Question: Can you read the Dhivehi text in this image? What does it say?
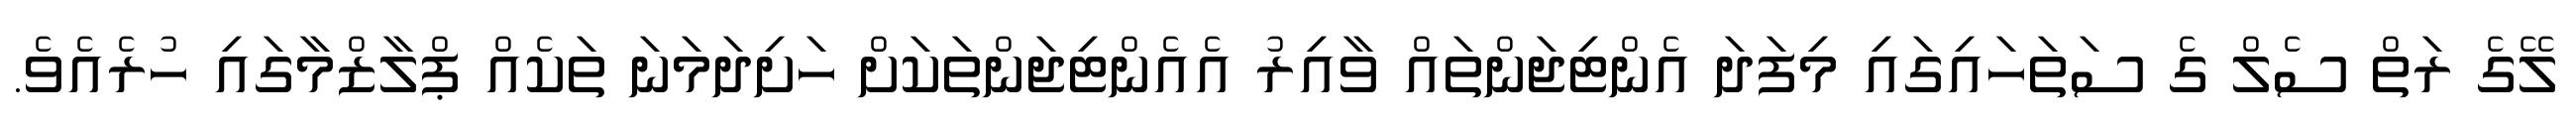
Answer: ލޭގެ ރަތް ސެލް ގެ ސަތަހައިގައި މިފަދަ އެންޓިޖަންތައް ވާއިރު އެއެންޓިޖަންތަކަށް ހަށިދަމަނަ ތަކެއް ޕްލާޒްމާގައި ހުރެއެވެ.